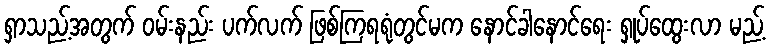
ရှာသည့်အတွက် ဝမ်းနည်း ပက်လက် ဖြစ်ကြရရုံတွင်မက နောင်ခါနောင်ရေး ရှုပ်ထွေးလာ မည့်